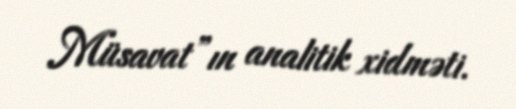
Müsavat”ın analitik xidməti.